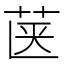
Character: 𮎿